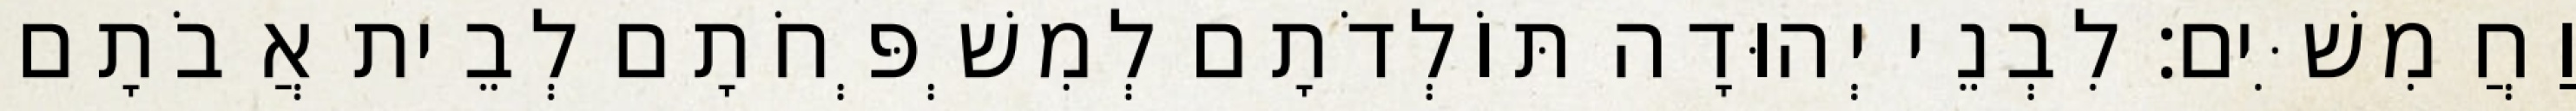
וַחֲמִשִּׁים׃ לִבְנֵי יְהוּדָה תּוֹלְדֹתָם לְמִשְׁפְּחֹתָם לְבֵית אֲבֹתָם